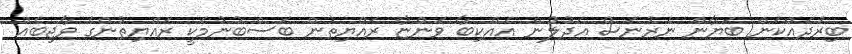
ބިރުދައްކަން ބަޔާން ނެރުނަސް އަދުލުން އެއްކިބާ ވަންޏާ ރައްޔިތުން ބަސްބުނުމަކީ ރައްޔިތުންގެ ވާޖިބެއް